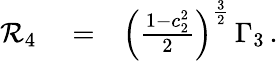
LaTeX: \begin{array}{rlr}{{\cal R}_{4}}&{{}=}&{\left(\frac{1-c_{2}^{2}}{2}\right)^{\frac{3}{2}}\, \Gamma_{3}\, .}\end{array}